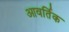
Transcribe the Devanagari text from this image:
आवर्तिक